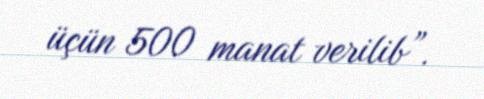
üçün 500 manat verilib”.